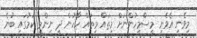
މިވެނި އެވެނި މީސްމީހުންނަށް މިތައް މިތައް ހާހުން ދީ ނިންމީ ކަމުގައި ބުނެ